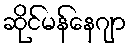
ဆိုင်မန်နေဂျာ